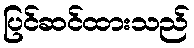
ပြင်ဆင်ထားသည်